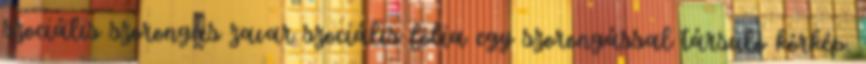
szociális szorongás zavar szociális fóbia egy szorongással társuló kórkép.